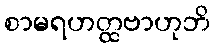
စာမရဟတ္ထဗာဟုဘိ